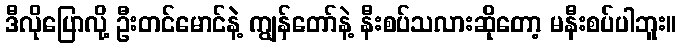
ဒီလိုပြောလို့ ဦးတင်မောင်နဲ့ ကျွန်တော်နဲ့ နီးစပ်သလားဆိုတော့ မနီးစပ်ပါဘူး။